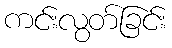
ကင်းလွတ်ခြင်း